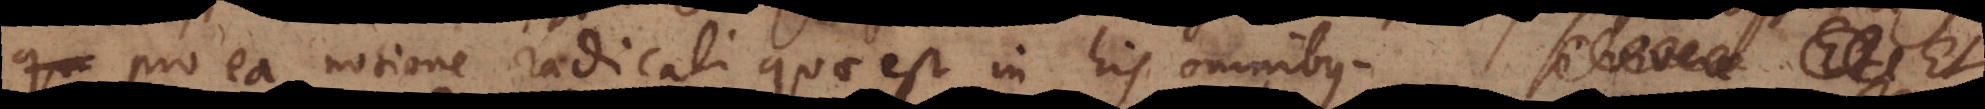
pro ea notione radicali quae est in his omnibus. Si vivere Et